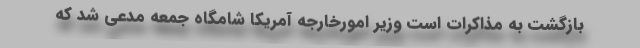
بازگشت به مذاکرات است وزیر امورخارجه آمریکا شامگاه جمعه مدعی شد که